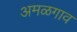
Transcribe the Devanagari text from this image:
अमळगाव